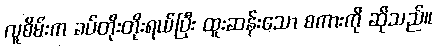
လူစိမ်းက ခပ်တိုးတိုးရယ်ပြီး ထူးဆန်းသော စကားကို ဆိုသည်။